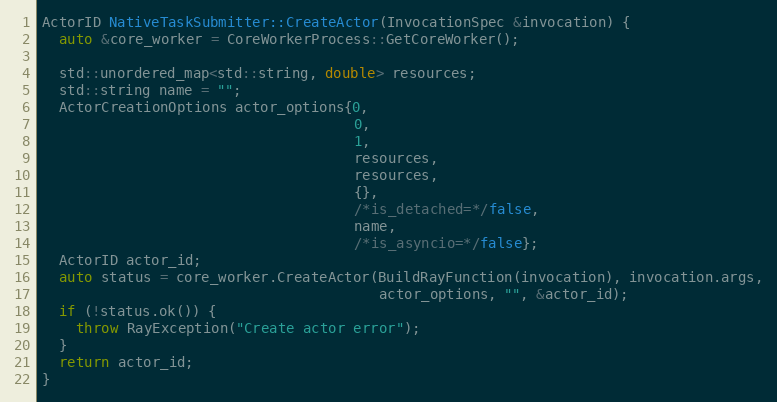
Language: C++
ActorID NativeTaskSubmitter::CreateActor(InvocationSpec &invocation) {
  auto &core_worker = CoreWorkerProcess::GetCoreWorker();

  std::unordered_map<std::string, double> resources;
  std::string name = "";
  ActorCreationOptions actor_options{0,
                                     0,
                                     1,
                                     resources,
                                     resources,
                                     {},
                                     /*is_detached=*/false,
                                     name,
                                     /*is_asyncio=*/false};
  ActorID actor_id;
  auto status = core_worker.CreateActor(BuildRayFunction(invocation), invocation.args,
                                        actor_options, "", &actor_id);
  if (!status.ok()) {
    throw RayException("Create actor error");
  }
  return actor_id;
}